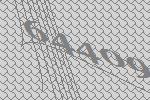
64409